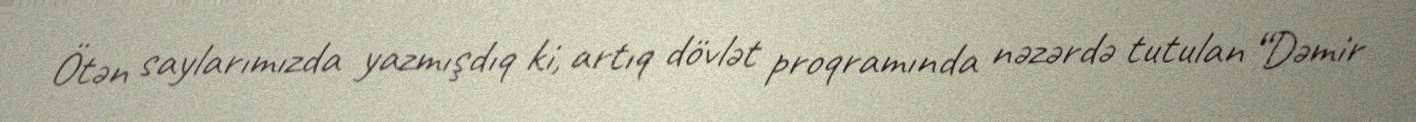
Ötən saylarımızda yazmışdıq ki, artıq dövlət proqramında nəzərdə tutulan “Dəmir